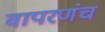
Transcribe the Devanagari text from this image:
वापरणंच